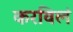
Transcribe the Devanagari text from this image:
करविलं